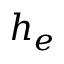
h _ { e }